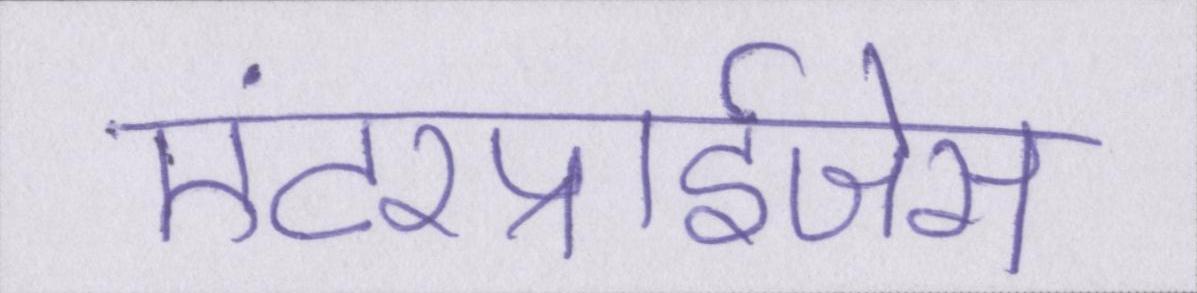
एंटरप्राईजेस